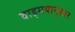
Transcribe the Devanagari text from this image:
वाड्मयानुसार